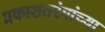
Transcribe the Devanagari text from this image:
प्रकाशतरंगांच्या